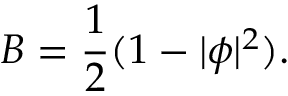
B = \frac { 1 } { 2 } ( 1 - | \phi | ^ { 2 } ) .